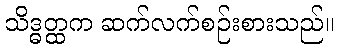
သိဒ္ဓတ္ထက ဆက်လက်စဉ်းစားသည်။